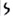
Text: S